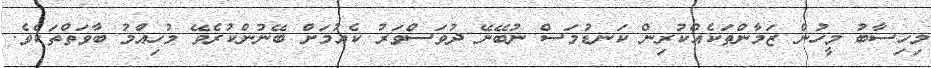
މިހިސާބު މީހުން ޒަމާންތަކެއްކުރިން ކަނޑުމަސް ނުބޭނޭ ދުވަސްވަރު ކެއުމަށް ބޭނުންކުރެވޭ މުހިއްމު ބާވަތްތަކެވެ.